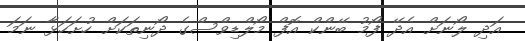
އަދި ލޯނަށް އެދޭ ފޯމު ބޭންކް އޮފް މޯލްޑިވްސްގެ ދޯނިތަކަށް ހުށަހަޅާ ނަމަ